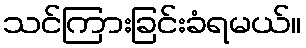
သင်ကြားခြင်းခံရမယ်။